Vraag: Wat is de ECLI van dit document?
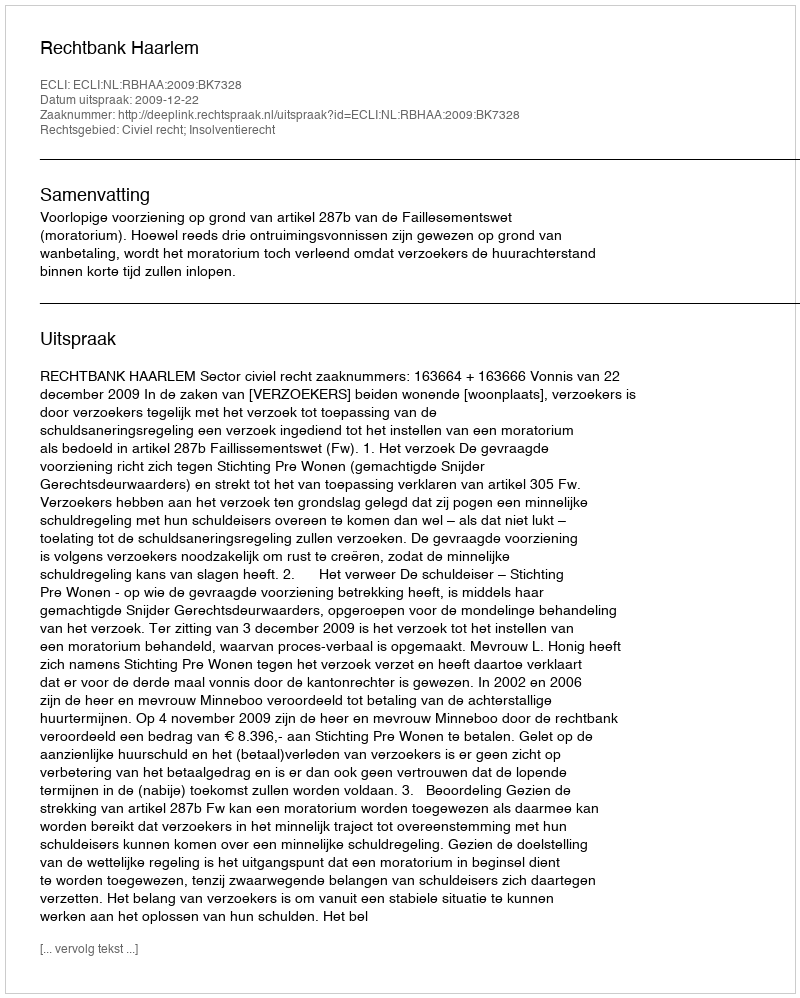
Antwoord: ECLI:NL:RBHAA:2009:BK7328